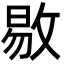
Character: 𫾻